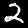
Label: 2